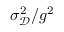
\sigma _ { \mathscr D } ^ { 2 } / g ^ { 2 }